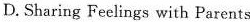
D. Sharing Feelings with Parents